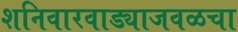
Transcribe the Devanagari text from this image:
शनिवारवाड्याजवळचा